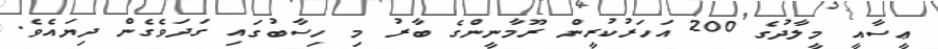
ޢީސާއީ މީލާދުގެ 200 އަހަރުކުރީން ރޫމާނީންގެ ބާރު މި ހިސާބުގައި ގަދަވެގެން ދިޔައެވެ.